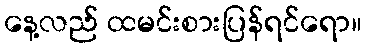
နေ့လည် ထမင်းစားပြန်ရင်ရော။